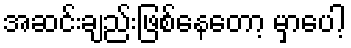
အဆင်းချည်းဖြစ်နေတော့ မှာပေါ့